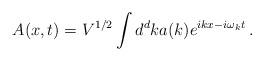
LaTeX: \begin{align*}A(x,t) = V^{1/2} \int d^dk a(k) e^{ikx-i\omega_k t} \, .\end{align*}